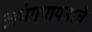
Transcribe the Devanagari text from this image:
अभंगगायनाचे